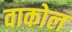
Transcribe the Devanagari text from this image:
वाकोल